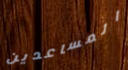
المساعدين